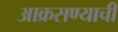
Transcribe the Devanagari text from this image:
आक्रसण्याची